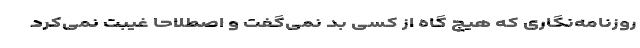
روزنامه‌نگاری که هیچ گاه از کسی بد نمی‌گفت و اصطلاحاً غیبت نمی‌کرد